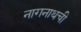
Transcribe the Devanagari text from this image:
नागनाथची